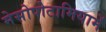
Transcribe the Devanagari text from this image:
मेसोपोटामियामें